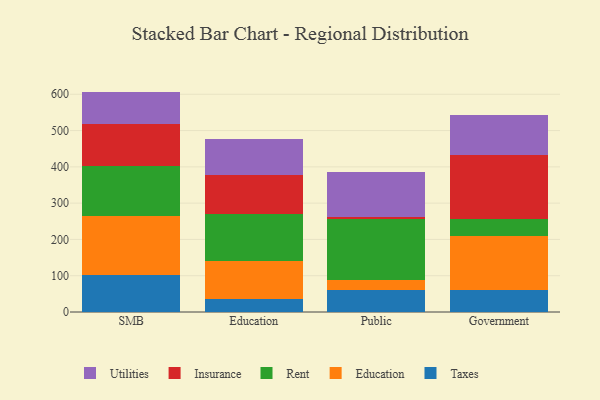
{"axis": {"x": "Segment", "y": "Churn Rate (%)"}, "legend": ["Education", "Insurance", "Rent", "Taxes", "Utilities"], "data": [{"x": "SMB", "y": 103.0, "type": "Taxes"}, {"x": "SMB", "y": 160.7, "type": "Education"}, {"x": "SMB", "y": 139.3, "type": "Rent"}, {"x": "SMB", "y": 115.4, "type": "Insurance"}, {"x": "SMB", "y": 89.0, "type": "Utilities"}, {"x": "Education", "y": 36.0, "type": "Taxes"}, {"x": "Education", "y": 104.5, "type": "Education"}, {"x": "Education", "y": 128.5, "type": "Rent"}, {"x": "Education", "y": 107.5, "type": "Insurance"}, {"x": "Education", "y": 99.0, "type": "Utilities"}, {"x": "Public", "y": 59.6, "type": "Taxes"}, {"x": "Public", "y": 28.5, "type": "Education"}, {"x": "Public", "y": 168.8, "type": "Rent"}, {"x": "Public", "y": 5.3, "type": "Insurance"}, {"x": "Public", "y": 123.0, "type": "Utilities"}, {"x": "Government", "y": 61.3, "type": "Taxes"}, {"x": "Government", "y": 149.4, "type": "Education"}, {"x": "Government", "y": 46.5, "type": "Rent"}, {"x": "Government", "y": 175.6, "type": "Insurance"}, {"x": "Government", "y": 111.4, "type": "Utilities"}]}